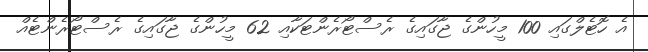
އެ ހޮޓެލްގައި 100 މީހުންގެ ޖާގައިގެ ރެސްޓޯރެންޓަކާއި 62 މީހުންގެ ޖާގައިގެ ރެސްޓޯރެންޓެއް